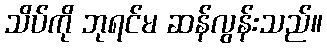
သိပ်ကို ဘုရင်မ ဆန်လွန်းသည်။